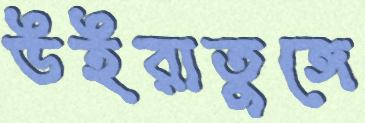
উইরাতুঙ্গে